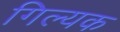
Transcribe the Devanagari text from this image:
गिल्यक